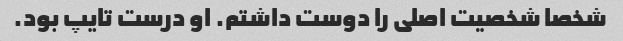
شخصا شخصیت اصلی را دوست داشتم. او درست تایپ بود.